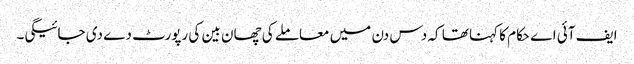
ایف آئی اے حکام کا کہنا تھا کہ دس دن میں معاملے کی چھان بین کی رپورٹ دے دی جائیگی۔